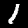
Label: 1